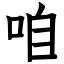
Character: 咱